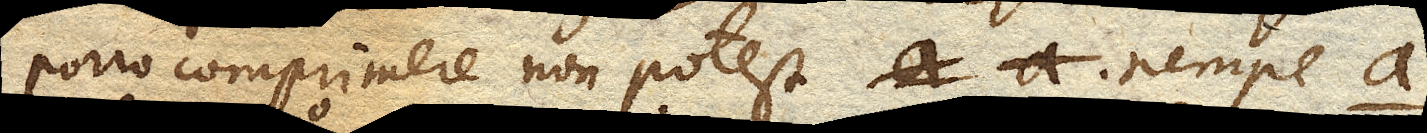
porro comprimere non potest nempe a.